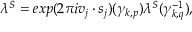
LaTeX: \lambda ^ { S } = e x p ( 2 \pi i v _ { j } \cdot s _ { j } ) ( { \gamma } _ { k , p } ) \lambda ^ { S } ( { \gamma } _ { k , q } ^ { - 1 } ) ,